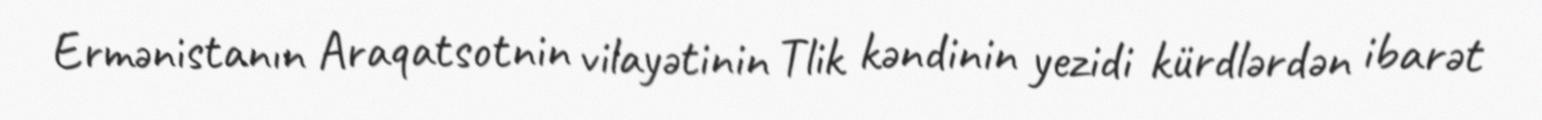
Ermənistanın Araqatsotnin vilayətinin Tlik kəndinin yezidi kürdlərdən ibarət